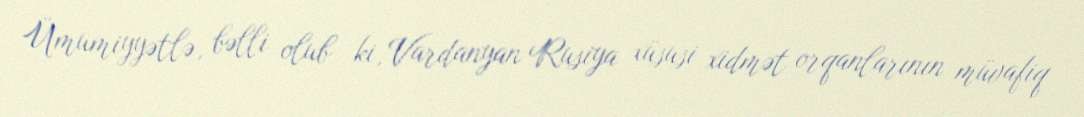
Ümumiyyətlə, bəlli olub ki, Vardanyan Rusiya xüsusi xidmət orqanlarının müvafiq